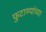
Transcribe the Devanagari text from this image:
फुटाण्यांच्या